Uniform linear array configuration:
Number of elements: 32
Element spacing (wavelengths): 0.5
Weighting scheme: kaiser
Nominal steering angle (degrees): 30
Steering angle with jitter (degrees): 31.009
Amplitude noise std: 0.05
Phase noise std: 0.05

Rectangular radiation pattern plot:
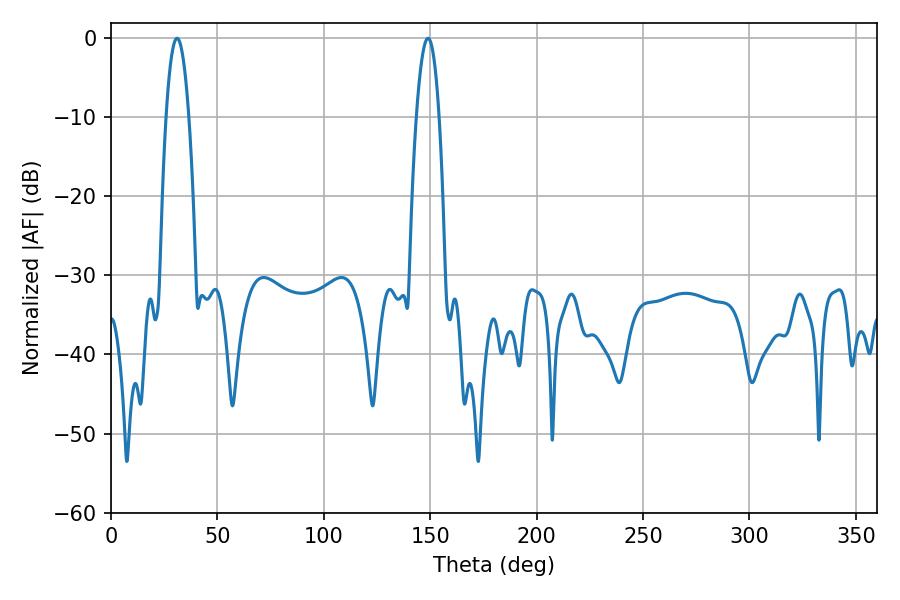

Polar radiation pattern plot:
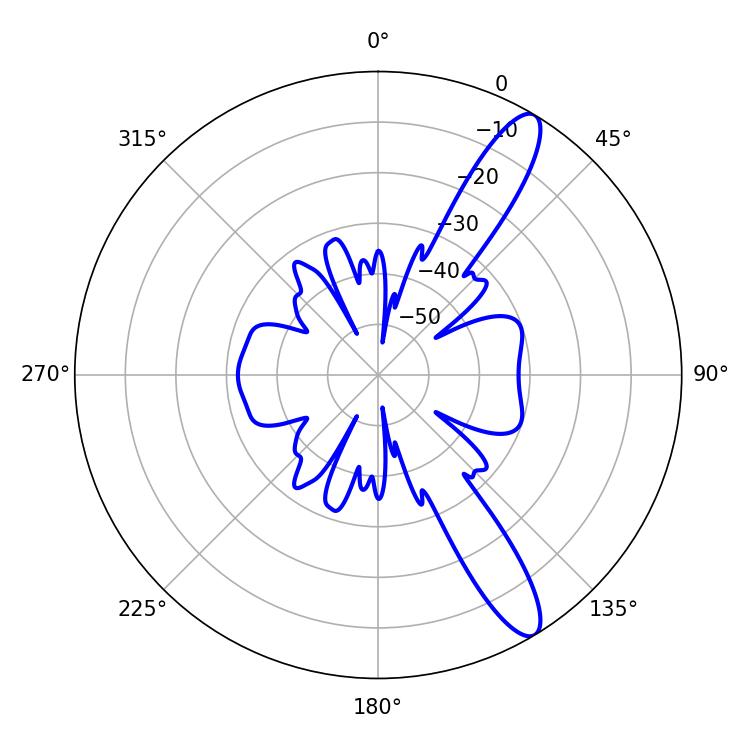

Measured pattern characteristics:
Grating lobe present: FALSE
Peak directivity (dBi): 12.402
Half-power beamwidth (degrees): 5.94
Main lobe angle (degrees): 30.96